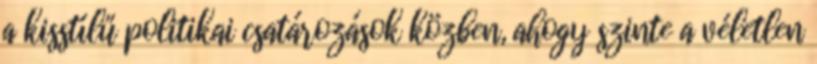
a kisstílű politikai csatározások közben, ahogy szinte a véletlen